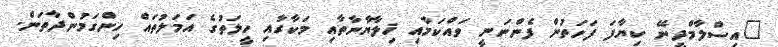
"އިސްލާމްދީނޭ ކިޔާފަ ފަހަތުން ފެންނަނީ ވައްކަމާއި ޚިލާޔާނާތާއި މަކާރާއި ހީލަތުގެ އަމަލުތައް ހިންގަމުންދާތަން.